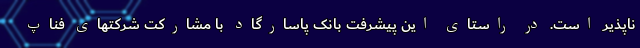
ناپذیر است. در راستای این پیشرفت بانک پاسارگاد با مشارکت شرکتهای فناپ